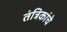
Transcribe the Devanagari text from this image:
तंत्रिकांचे